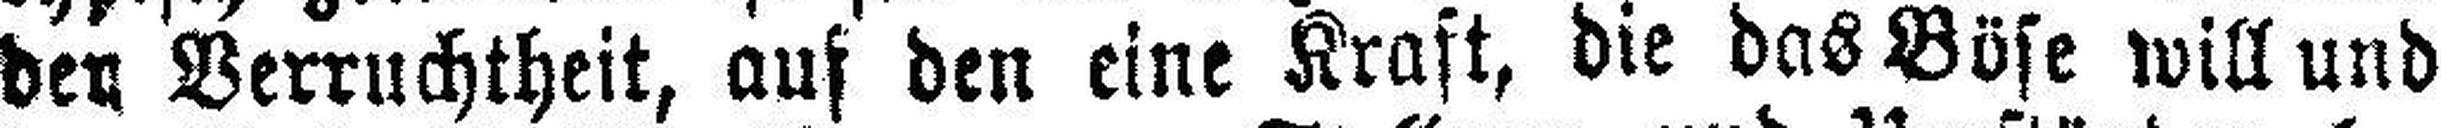
den Verruchtheit, auf den eine Kraft, die das Böse will und